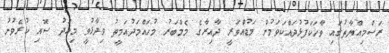
ރަސްމިއްޔާތުގައި ވާހަކަފުޅުދައްކަވަމުން މަޑުއްވަރީ ދާއިރާގެ މެމްބަރު މުހައްމަދުއަމީތު ވިދާޅުވީ މިއަދު ސޮއި ކުރެވުނު